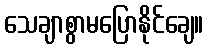
သေချာစွာမပြောနိုင်ချေ။